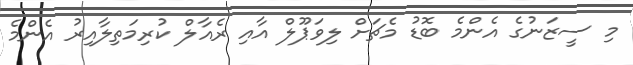
މި ސީޒަނުގެ އެންމެ ބޮޑު މެޗަށް ލިވަޕޫލް އާއި ރެއާލް ކުރިމަތިލާއިރު އެންމެ